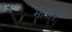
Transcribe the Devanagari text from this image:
मायार